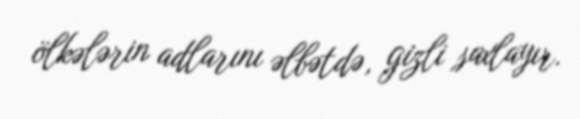
ölkələrin adlarını əlbətdə, gizli saxlayır.